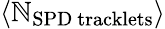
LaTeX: \langle\mathbb{N}_{\mathrm{{SPD~tracklets}}}\rangle